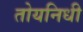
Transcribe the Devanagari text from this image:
तोयनिधी